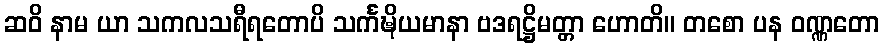
ဆဝိ နာမ ယာ သကလသရီရတောပိ သင်္ကဍ္ဎိယမာနာ ဗဒရဋ္ဌိမတ္တာ ဟောတိ။ တစော ပန ဝဏ္ဏတော